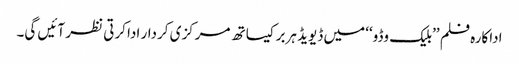
اداکارہ فلم ’’بلیک وڈو‘‘ میں ڈیویڈ ہربر کیساتھ مرکزی کردار ادا کرتی نظر آئیں گی۔